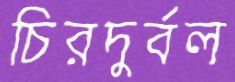
চিরদুর্বল